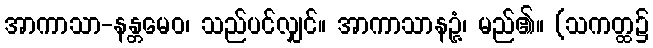
အာကာသာ-နန္တမေဝ၊ သည်ပင်လျှင်။ အာကာသာနဉ္ဇံ၊ မည်၏။ (သကတ္ထ၌